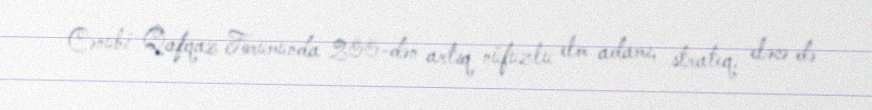
Cənubi Qafqaz Forumunda 200-dən artıq nüfuzlu elm adamı, strateq, eləcə də